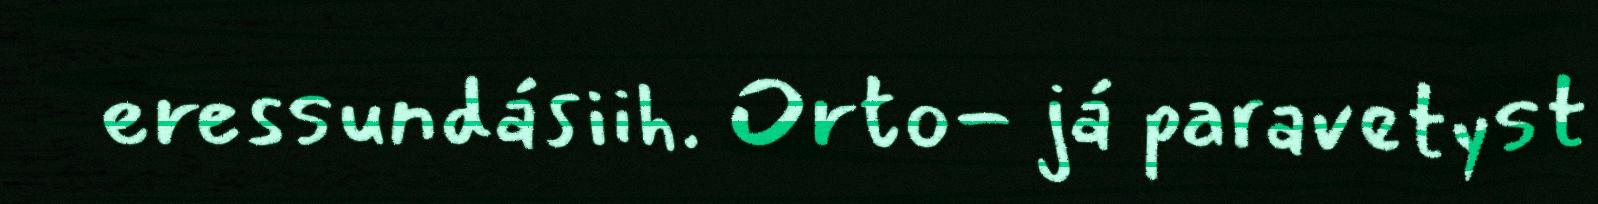
eressundásiih. Orto- já paravetyst